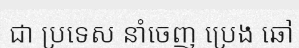
ជា ប្រទេស នាំចេញ ប្រេង ឆៅ